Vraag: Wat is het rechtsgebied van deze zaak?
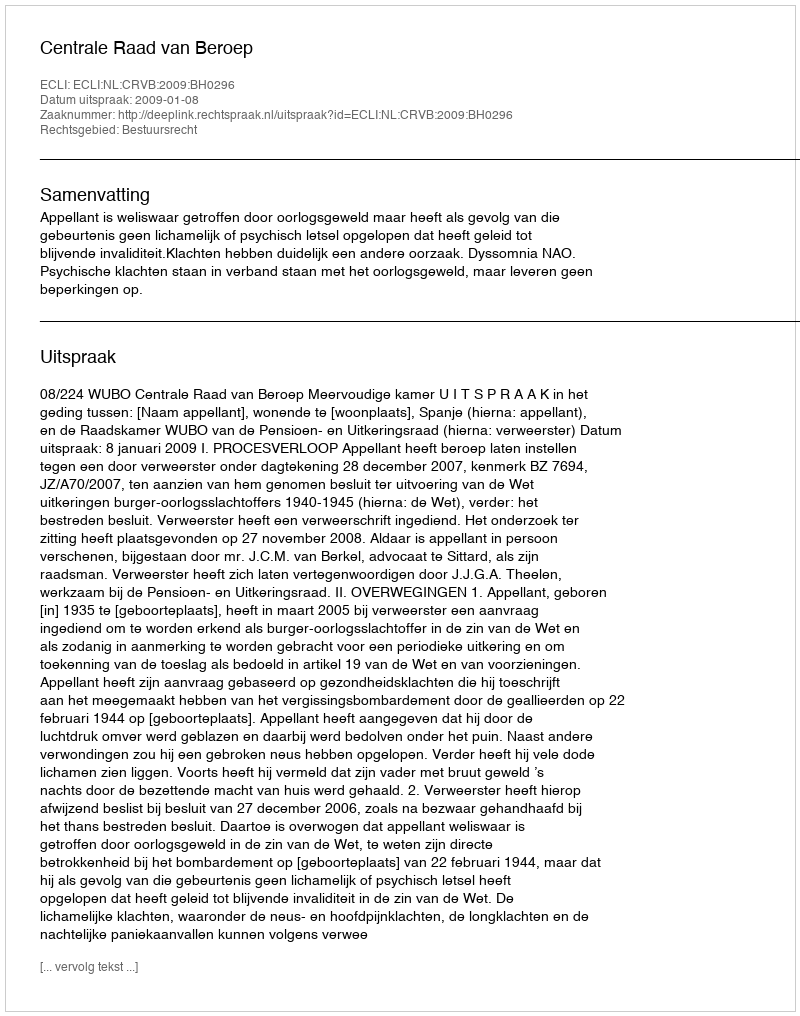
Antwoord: Bestuursrecht